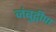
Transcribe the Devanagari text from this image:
जंबुद्वीपा